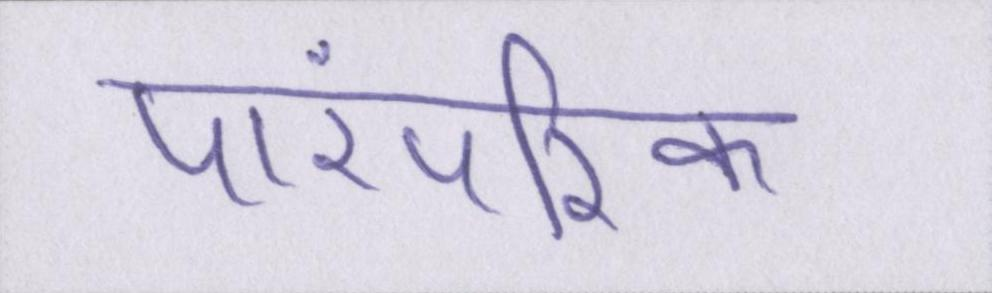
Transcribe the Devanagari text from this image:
पारंपरिक